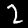
Label: 2